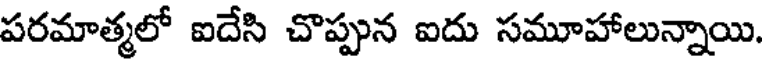
పరమాత్మలో ఐదేసి చొప్పున ఐదు సమూహాలున్నాయి.